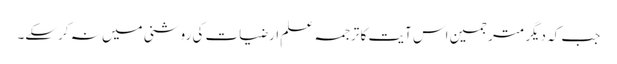
جب کہ دیگر مترجمین اس آیت کا ترجمہ علمِ ارضیات کی روشنی میں نہ کرسکے۔